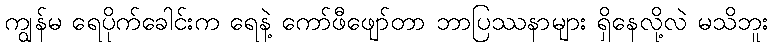
ကျွန်မ ရေပိုက်ခေါင်းက ရေနဲ့ ကော်ဖီဖျော်တာ ဘာပြဿနာများ ရှိနေလို့လဲ မသိဘူး